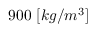
9 0 0 \ [ k g / m ^ { 3 } ]